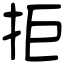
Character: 拒